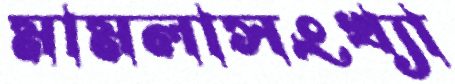
মামলাসংখ্যা